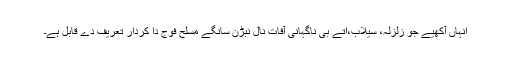
انہاں آکھیے جو زلزلہ، سیلاب،اتے بی ناگہانی آفات نال نبڑن سانگے مسلح فوج دا کردار تعریف دے قابل ہے۔